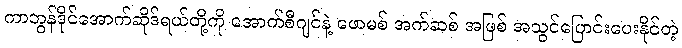
ကာဘွန်ဒိုင်အောက်ဆိုဒ်ရယ်တို့ကို အောက်စီဂျင်နဲ့ ဖောမစ် အက်ဆစ် အဖြစ် အသွင်ပြောင်းပေးနိုင်တဲ့